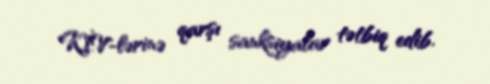
KİV-lərinə qarşı sanksiyalar tətbiq edib.